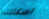
اسكتلندا